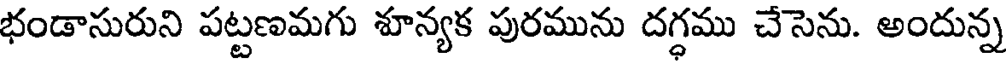
భండాసురుని పట్టణమగు శూన్యక పురమును దగ్ధము చేసెను. అందున్న